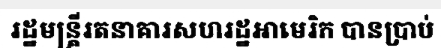
រដ្ឋមន្ត្រីរតនាគារសហរដ្ឋអាមេរិក បានប្រាប់